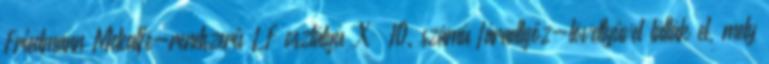
Friedmann–Metcalfe-rendszerű LF osztályú X 10. számú fáradtgőz-lövettyűvel látták el, mely